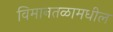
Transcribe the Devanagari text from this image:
विमानतळामधील